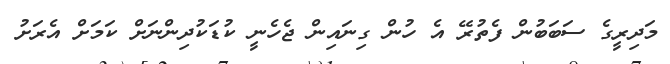
މަދިރީގެ ސަބަބުން ފެތުރޭ އެ ހުން ގިނައިން ޖެހެނީ ކުޑަކުދިންނަށް ކަމަށް އެރަށު